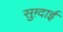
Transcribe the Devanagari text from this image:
सुग़्दाई